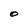
Character: O